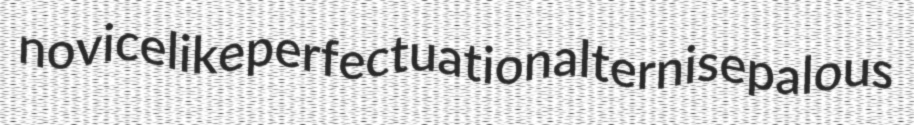
novicelike perfectuation alternisepalous